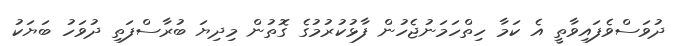
ދުވަސްވެފައިވާތީ އެ ކަމާ ހިތްހަމަނުޖެހުން ފާޅުކުރުމުގެ ގޮތުން މިދިޔަ ބުރާސްފަތި ދުވަހު ބަޔަކު